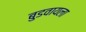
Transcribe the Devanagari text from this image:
बुडवायला